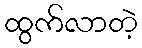
ထွက်လာတဲ့